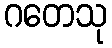
ဂတေသု